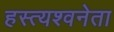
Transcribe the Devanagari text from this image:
हस्त्यश्वनेता